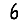
Digit: 6